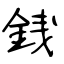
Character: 銭